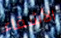
الأشقاء